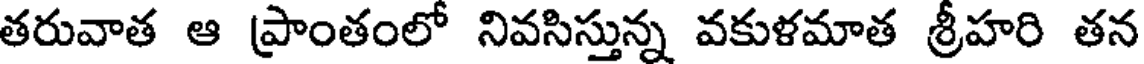
తరువాత ఆ ప్రాంతంలో నివసిస్తున్న వకుళమాత శ్రీహరి తన